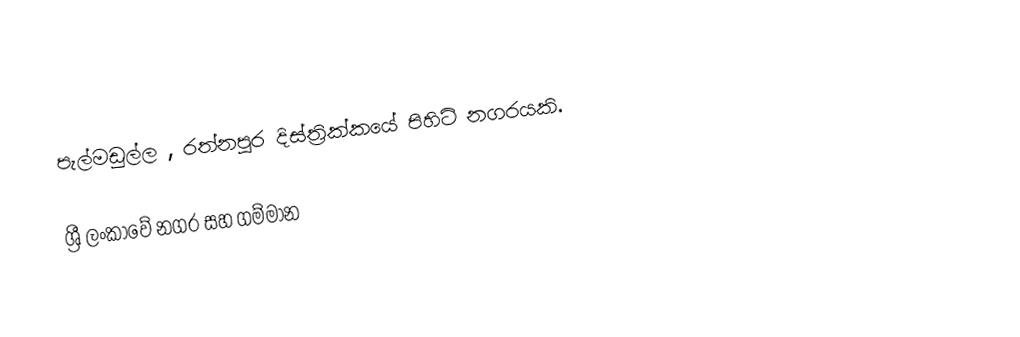
පැල්මඩුල්ල , රත්නපුර දිස්ත්‍රික්කයේ පිහිටි නගරයකි.

ශ්‍රී ලංකාවේ නගර සහ ගම්මාන